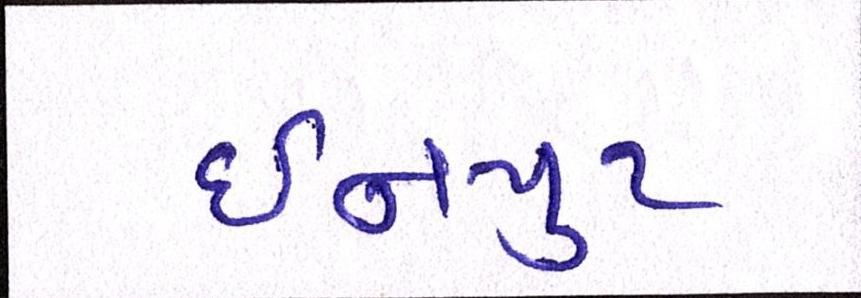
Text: ઇનપુટ